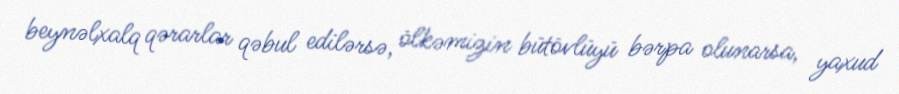
beynəlxalq qərarlar qəbul edilərsə, ölkəmizin bütövlüyü bərpa olunarsa, yaxud